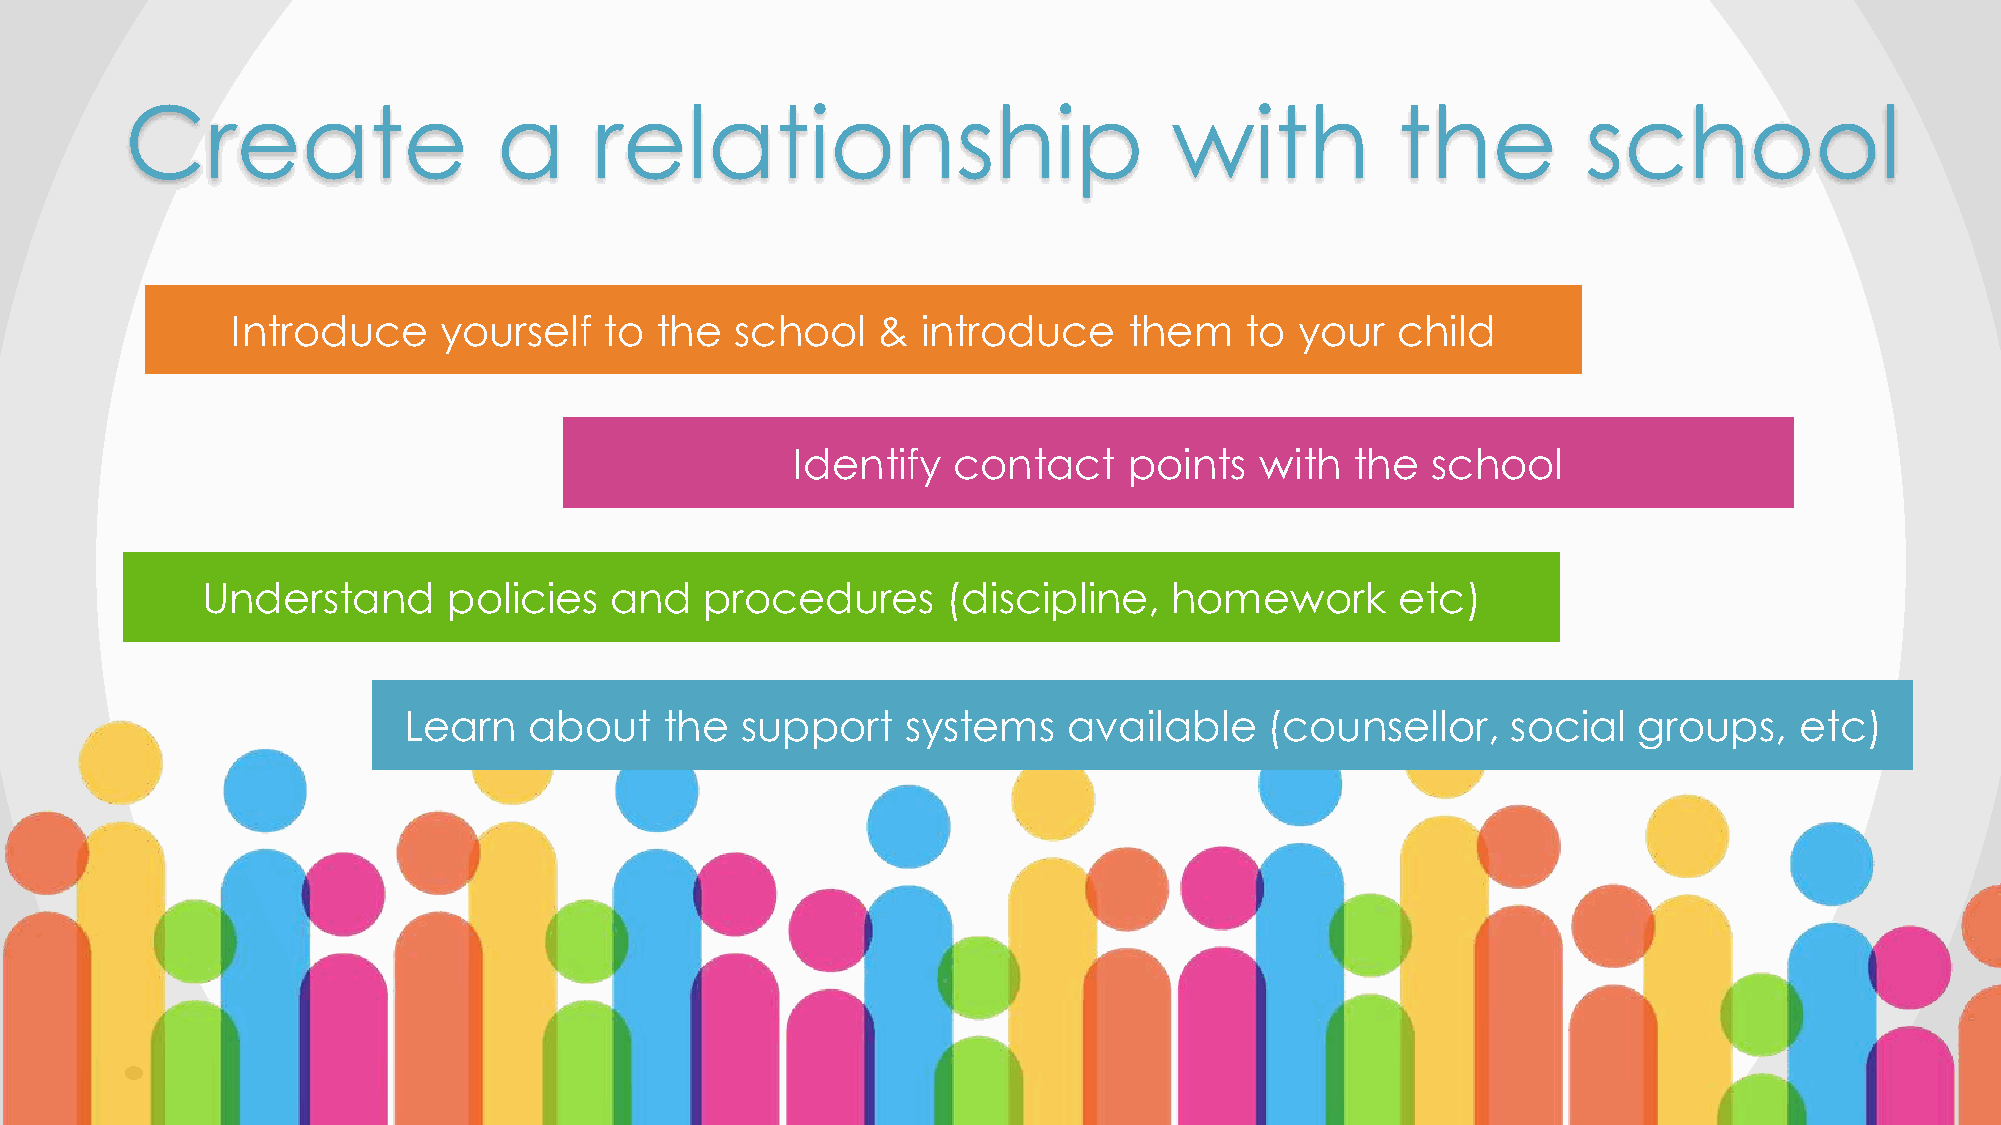
Create                   a     relationship                           with          the          school
 Introduce     yourself   to the   school   &  introduce     them   to  your  child
 Identify   contact     points  with   the  school
 Understand       policies  and    procedures      (discipline,   homework       etc)
 Learn   about    the  support    systems    available    (counsellor,    social  groups,    etc)